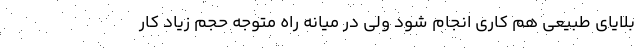
بلایای طبیعی هم کاری انجام شود ولی در میانه راه متوجه حجم زیاد کار